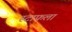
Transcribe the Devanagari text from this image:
स्टाफला